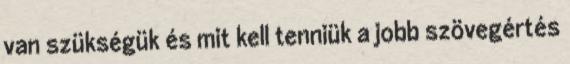
van szükségük és mit kell tenniük a jobb szövegértés